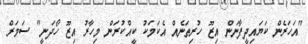
"އަހަރެން ކަޔައިދީފާނަން އިޒޫ ހުރިތަނެއް އެކަމަކު ކީއްކުރަން މިހާރު އިޒޫ ހޯދަނީ" ސަމަރް